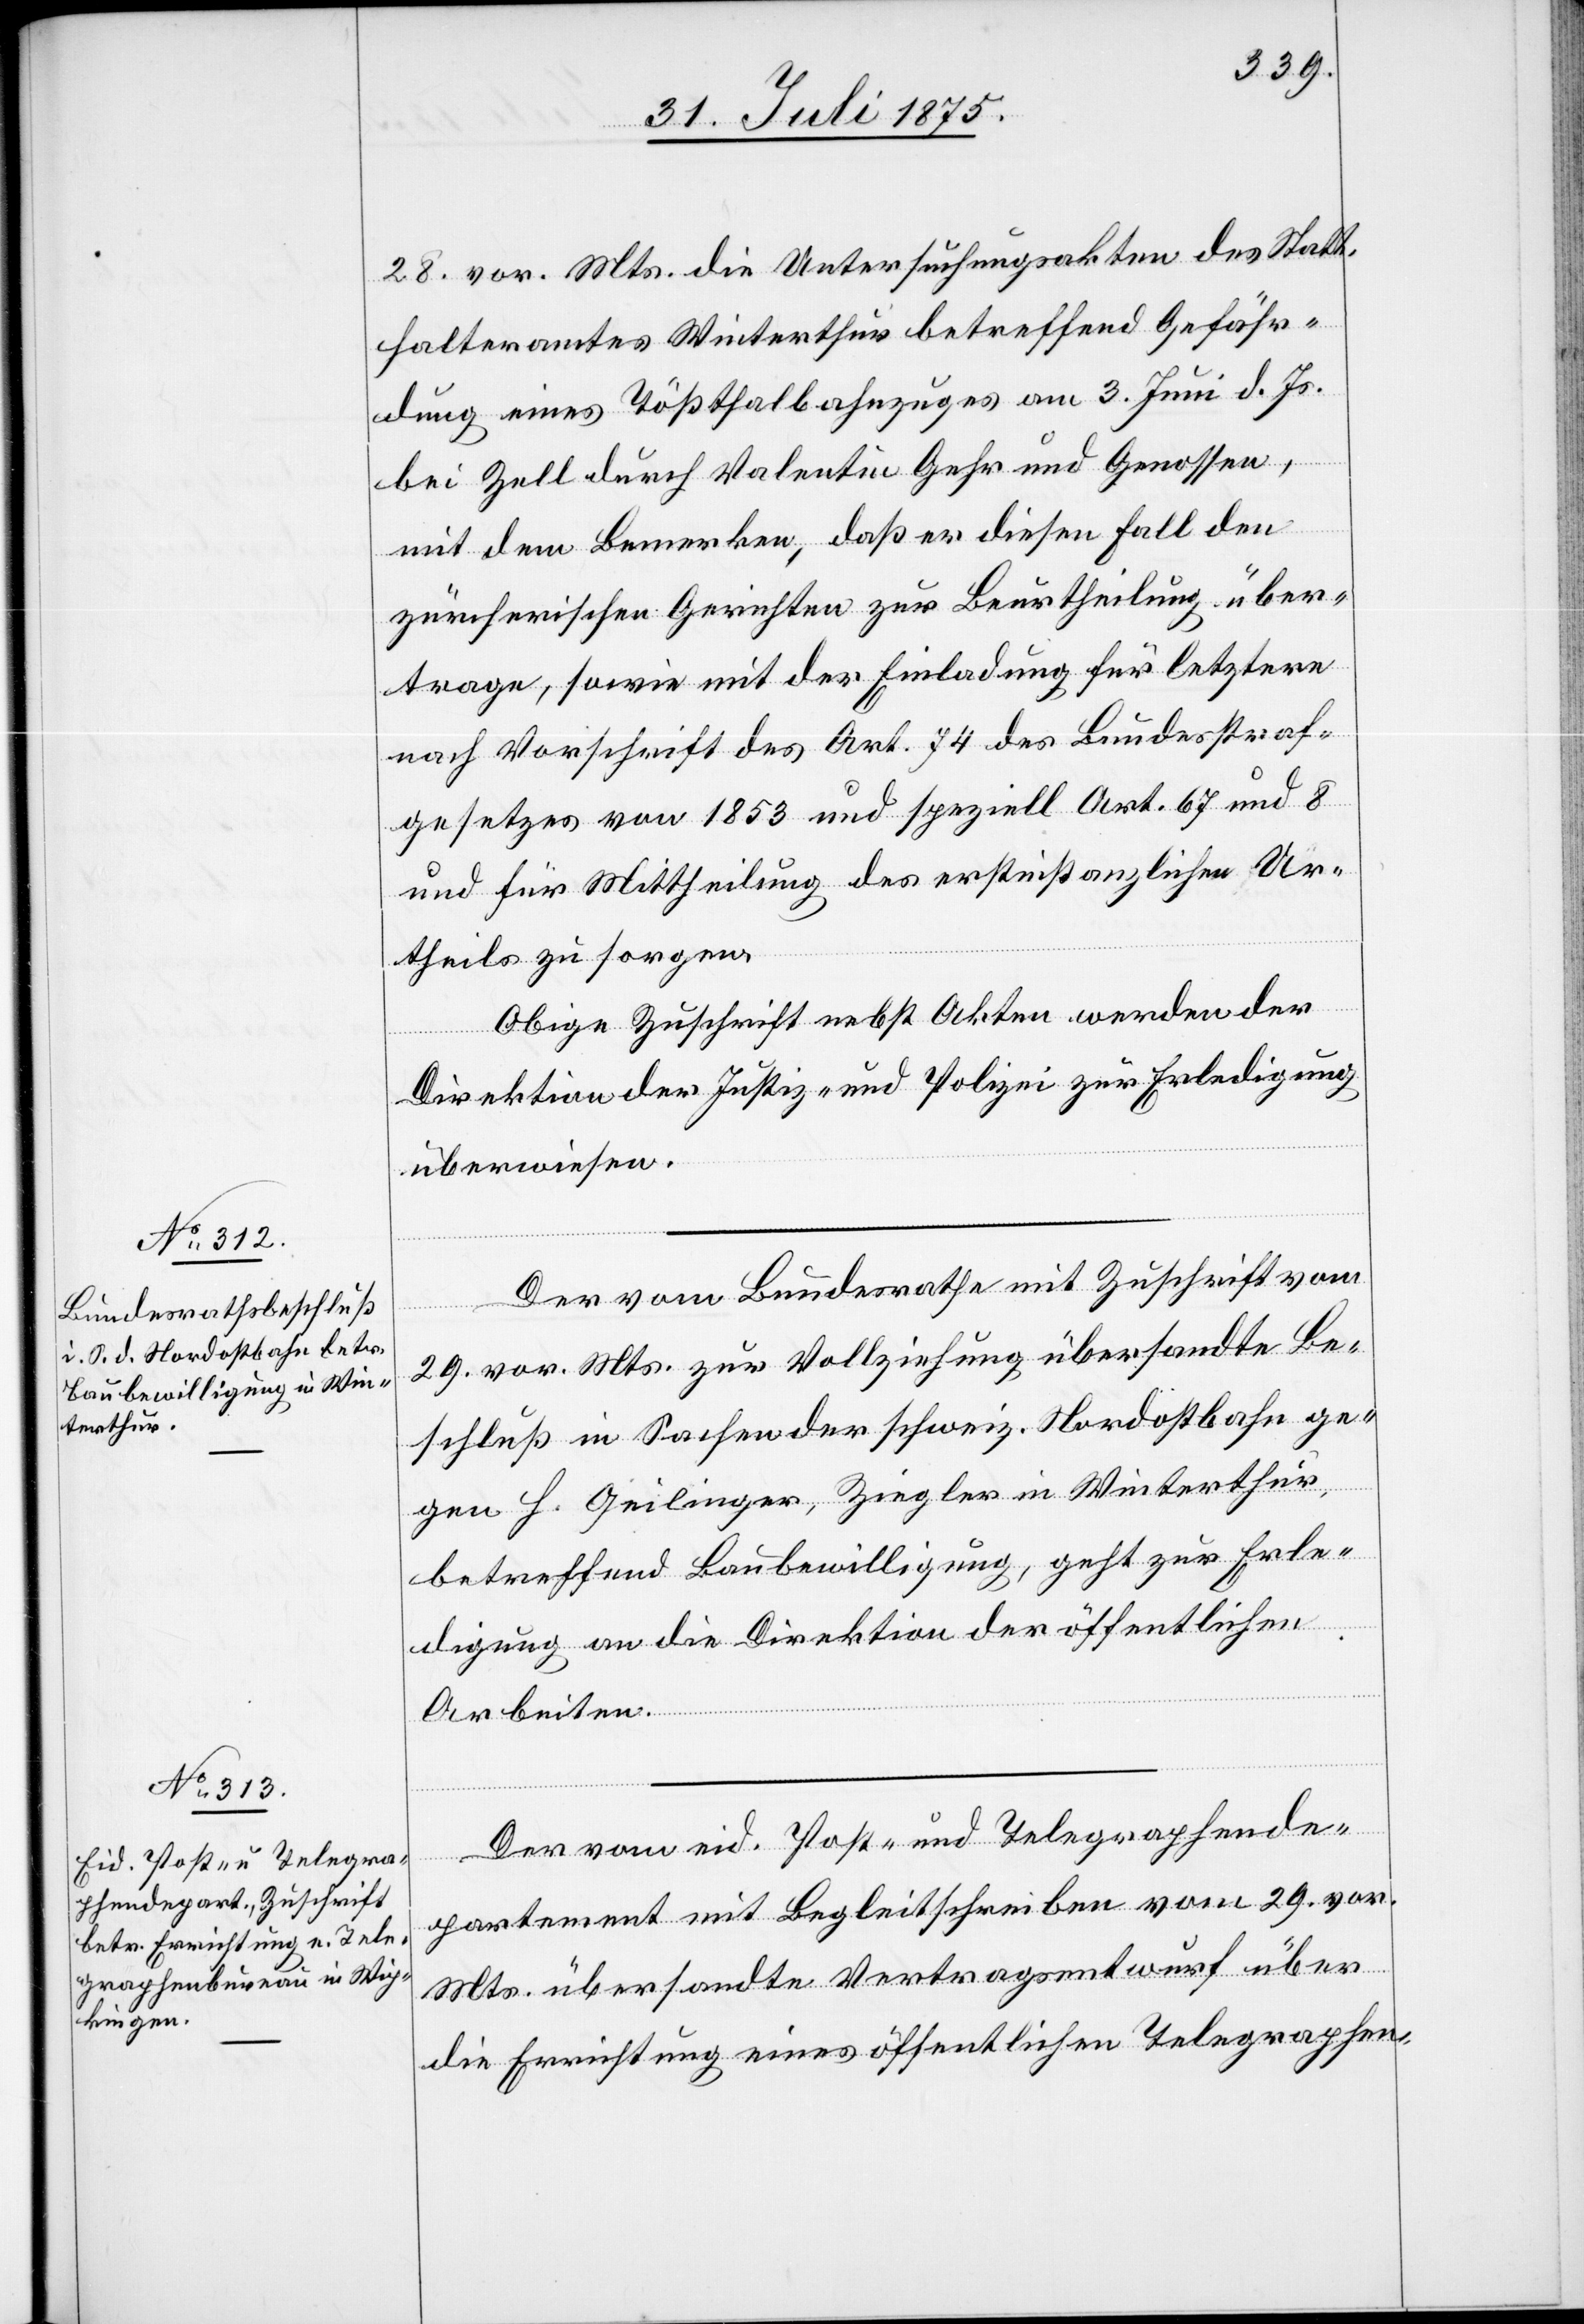
28. vor. Mts. die Untersuchungsakten des Statt¬
halteramtes Winterthur betreffend Gefähr¬
dung eines Tößthalbahnzuges am 3. Juni d. Js.
bei Zell durch Valentin Gehr und Genossen,
mit dem Bemerken, daß er diesen Fall den
zürcherischen Gerichten zur Beurtheilung über¬
trage, sowie mit der Einladung für letztere
nach Vorschrift des Art. 74 des Bundesstraf¬
gesetzes von 1853 und speziell Art. 67 und 8
und für die Mittheilung des erstinstanzlichen Ur¬
theils zu sorgen.
Obige Zuschrift nebst Akten werden der
Direktion der Justiz und Polizei zur Erledigung
überwiesen.
Der vom Bundesrathe mit Zuschrift vom
29. vor. Mts. zur Vollziehung übersandte Be¬
schluß in Sachen der schweiz. Nordostbahn ge¬
gen H. Geilinger, Ziegler in Winterthur
betreffend Baubewilligung, geht zur Erle¬
digung an die Direktion der öffentlichen
Arbeiten.
Der von eid. Post- und Telegraphende¬
partement mit Begleitschreiben vom 29. vor.
Mts. übersandte Vertragsentwurf über
die Errichtung eines öffentlichen Telegraphen-